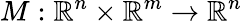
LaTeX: M:\mathbb{R}^{n}\times\mathbb{R}^{m}\rightarrow\mathbb{R}^{n}